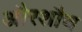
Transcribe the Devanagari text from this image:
औरशौच